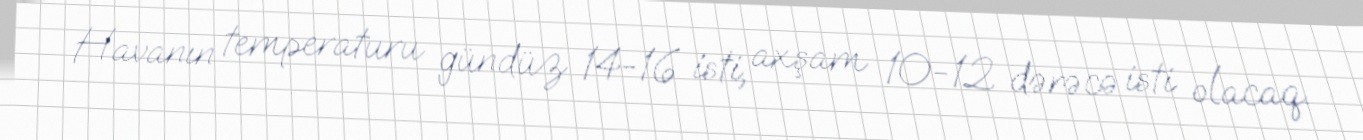
Havanın temperaturu gündüz 14-16 isti, axşam 10-12 dərəcə isti olacaq.